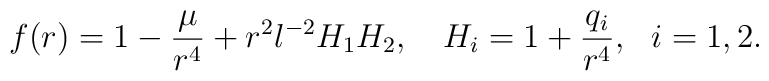
f(r)= 1-\frac{\mu}{r^4} +r^2l^{-2}H_1 H_2, \ \ \  H_i =1+\frac{q_i}{r^4}, \ \  i=1, 2.